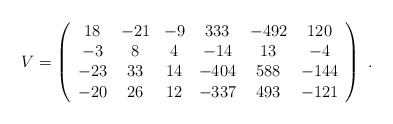
\begin{align*} V=\left( \begin{array}{cccccc} 18 & -21 & -9 & 333 & -492 & 120\\ -3 & 8 & 4 & -14 & 13 & -4\\ -23 & 33 & 14 & -404 & 588 & -144\\ -20 & 26 & 12 & -337 & 493 & -121 \end{array} \right)\ .\end{align*}